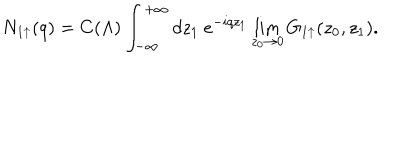
LaTeX: N _ { 1 \uparrow } ( q ) = C ( \Lambda ) \int _ { - \infty } ^ { + \infty } d z _ { 1 } ~ e ^ { - i q z _ { 1 } } \lim _ { z _ { 0 } \rightarrow 0 } G _ { 1 \uparrow } ( z _ { 0 } , z _ { 1 } ) .